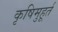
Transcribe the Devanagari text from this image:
कृषिमुहूर्त